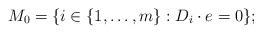
LaTeX: \begin{align*}M_0=\{i\in \{1,\ldots,m\}: D_i\cdot e=0\};\end{align*}